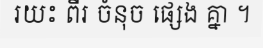
រយះ ពីរ ចំនុច ផ្សេង គ្នា ។